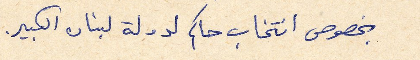
بخصوص انتخاب حاكم لدولة لبنان الكبير.